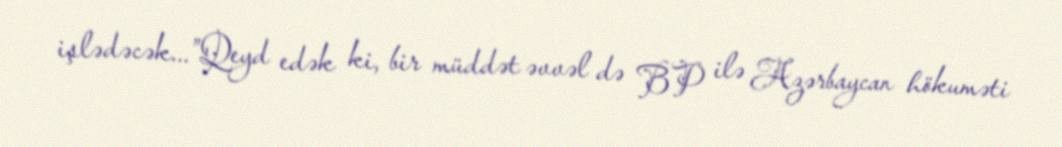
işlədəcək...”Qeyd edək ki, bir müddət əvvəl də BP ilə Azərbaycan hökuməti